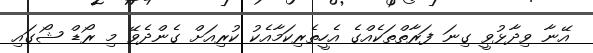
އޭނާ ވިދާޅުވީ ގިނަ ފަރާތްތަކެއްގެ އެހީތެރިކަމާއެކު ކުރިއަށް ގެންދެވޭ މި ރޯޑް ޝޯގައި